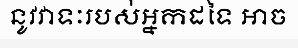
នូវវាទៈរបស់អ្នកដទៃ អាច